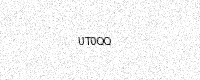
Text: UT0QQ